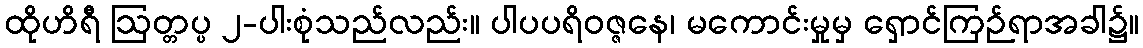
ထိုဟိရီ ဩတ္တပ္ပ ၂-ပါးစုံသည်လည်း။ ပါပပရိဝဇ္ဇနေ၊ မကောင်းမှုမှ ရှောင်ကြဉ်ရာအခါ၌။